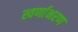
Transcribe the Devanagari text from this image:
स्वर्णाभरण